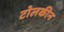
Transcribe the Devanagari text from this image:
टोलकीन